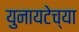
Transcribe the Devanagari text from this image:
युनायटेच्या